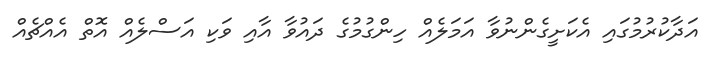
އަދާކުރުމުގައި އެކަށީގެންނުވާ އަމަލެއް ހިންގުމުގެ ދައުވާ އާއި ވަކި އަސްލެއް އޮތް އެއްޗެއް